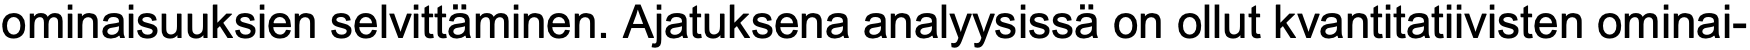
ominaisuuksien selvittäminen. Ajatuksena analyysissä on ollut kvantitatiivisten ominai-